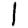
Digit: 1